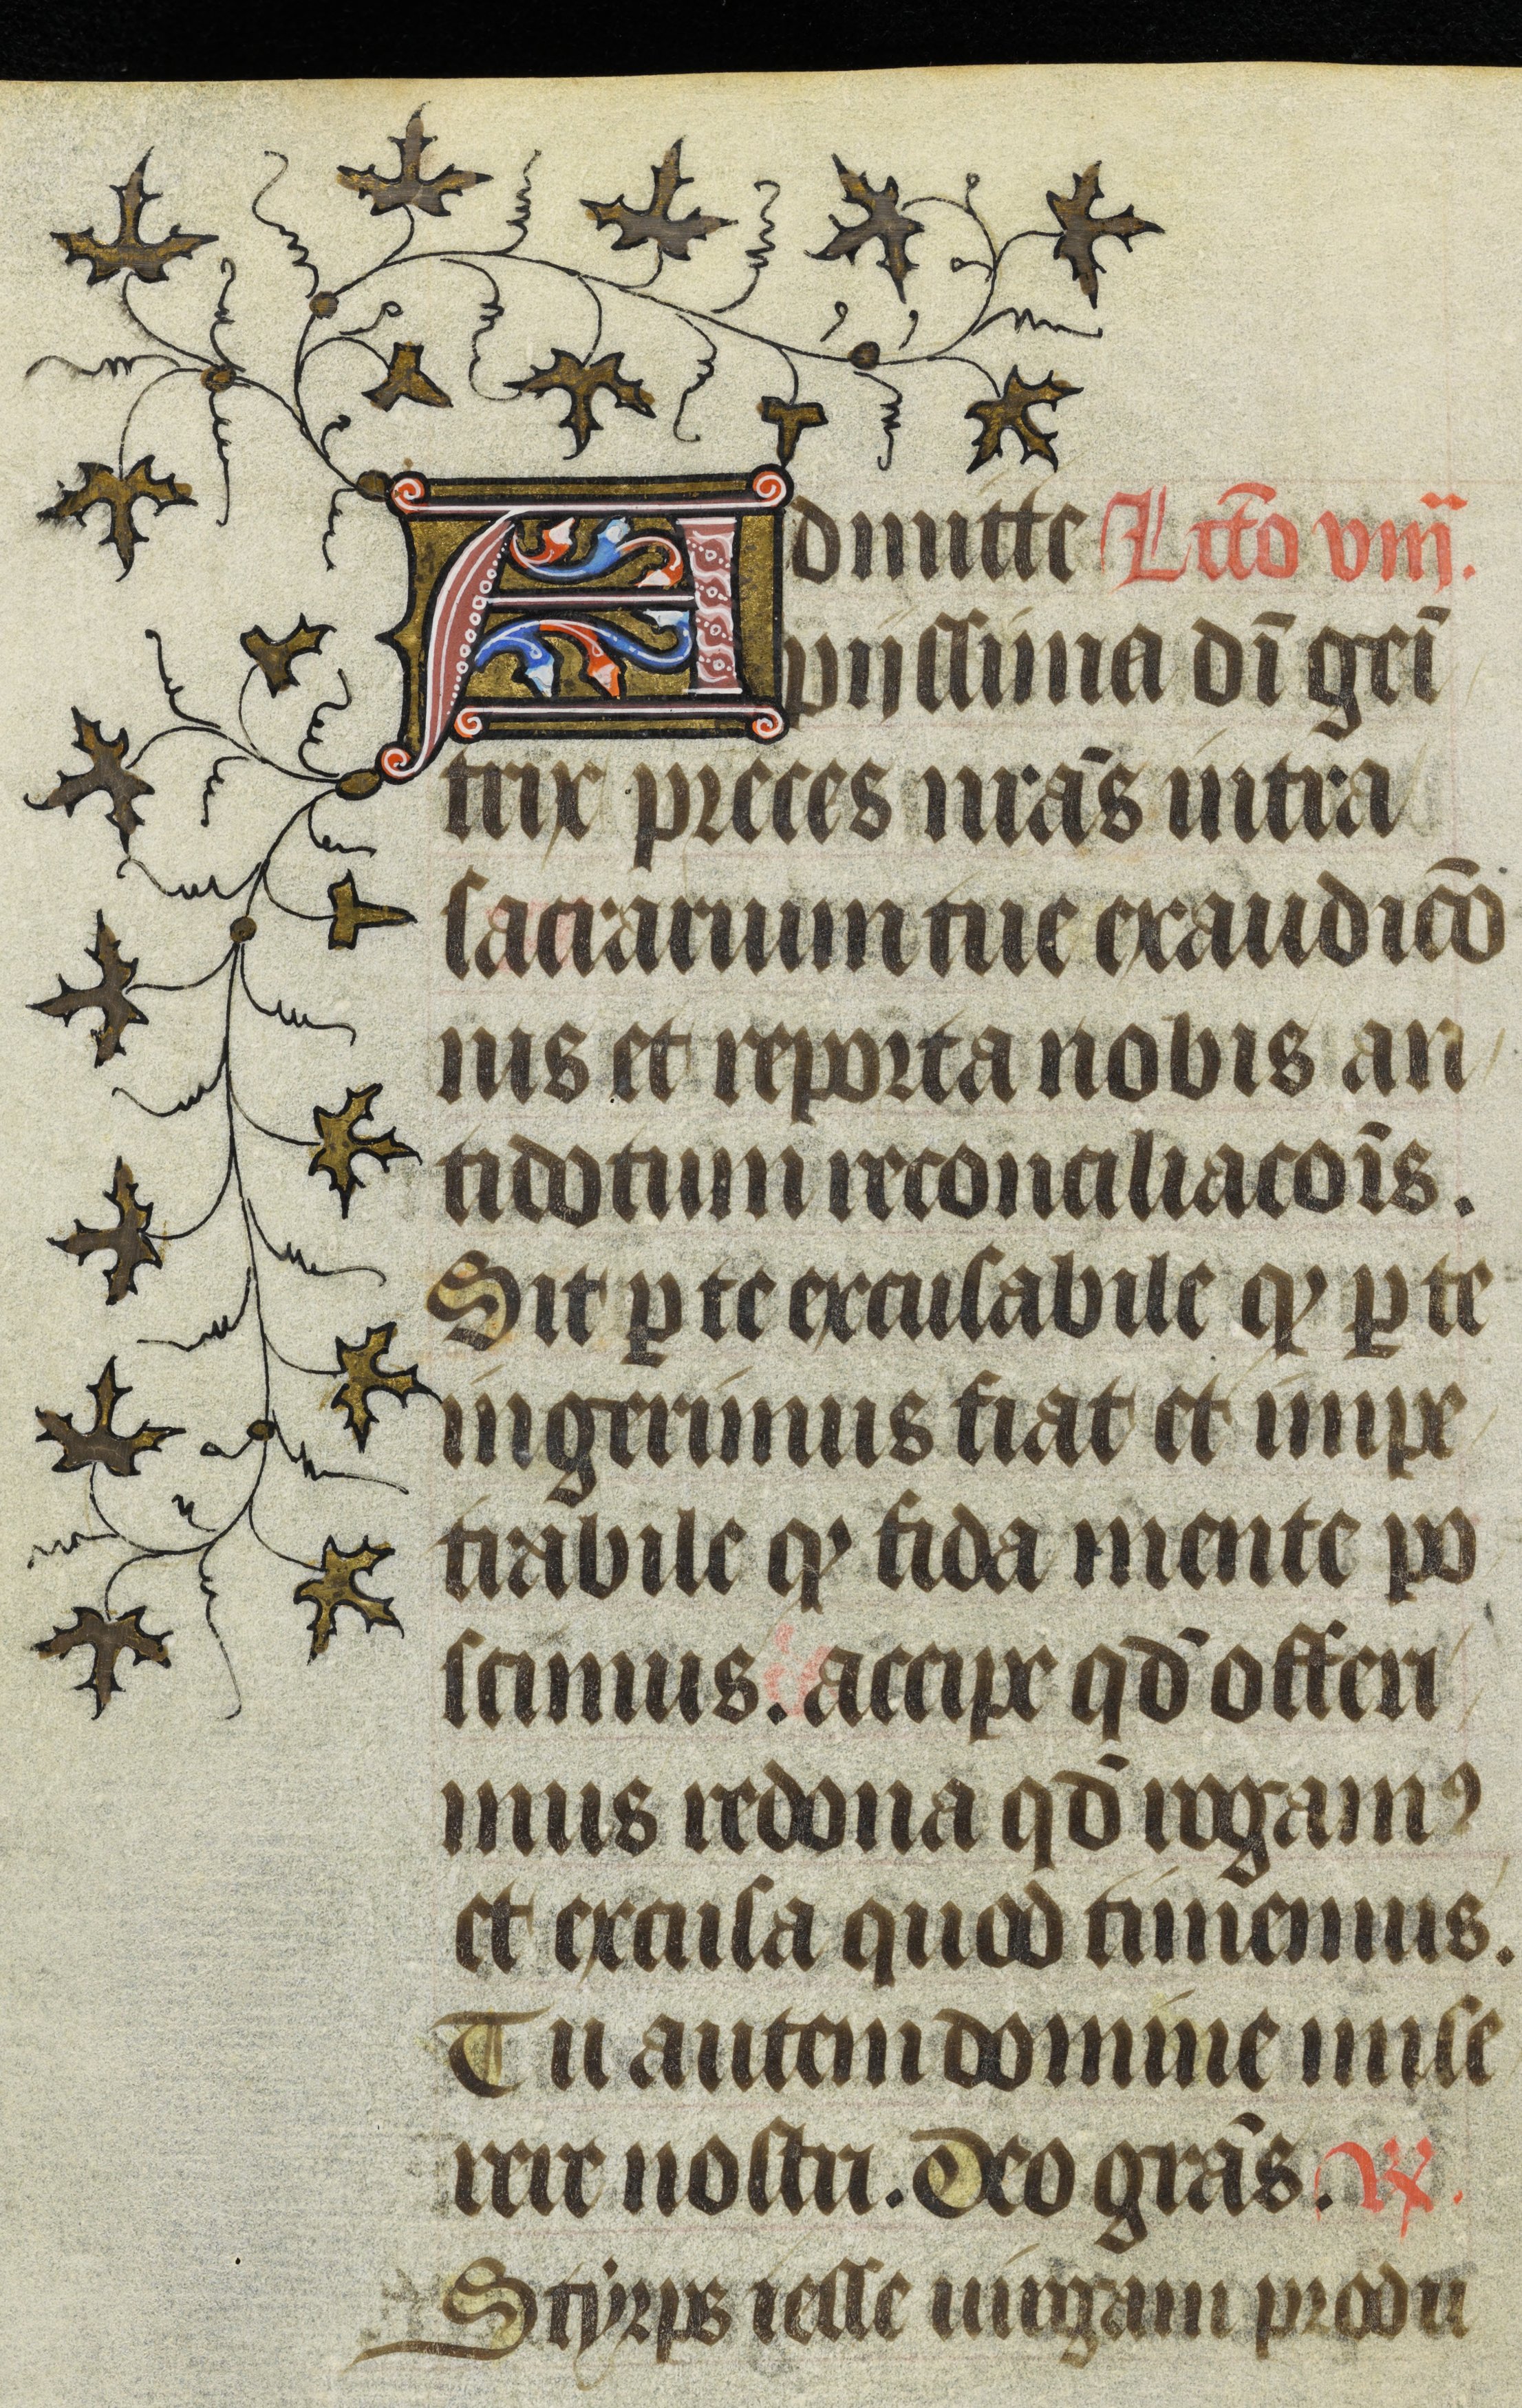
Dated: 1400–1430